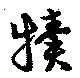
犢